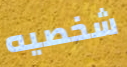
شخصيه